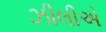
ઝીલીએ